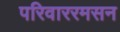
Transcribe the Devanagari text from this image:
परिवाररमसन